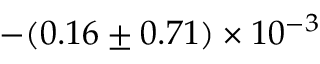
- ( 0 . 1 6 \pm 0 . 7 1 ) \times 1 0 ^ { - 3 }